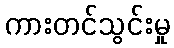
ကားတင်သွင်းမှု